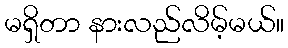
မရှိတာ နားလည်လိမ့်မယ်။